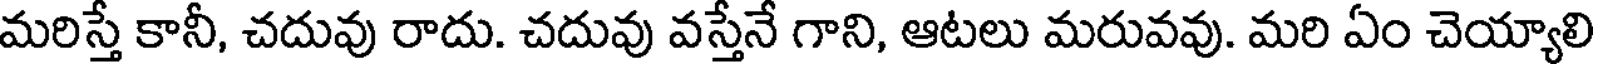
మరిస్తే కానీ, చదువు రాదు. చదువు వస్తేనే గాని, ఆటలు మరువవు. మరి ఏం చెయ్యాలి